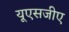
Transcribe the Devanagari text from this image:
यूएसजीए